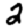
Digit: 2